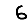
Digit: 6